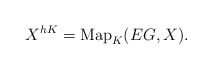
\begin{align*}X^{hK} = \mathrm{Map}_K(EG, X).\end{align*}